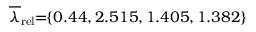
\! \! \! \! \! \! \overline { { \lambda } } _ { \mathrm { { r e l } } } \! \! = \! \! \{ 0 . 4 4 , 2 . 5 1 5 , 1 . 4 0 5 , 1 . 3 8 2 \} \! \! \!